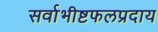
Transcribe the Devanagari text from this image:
सर्वाभीष्टफलप्रदाय